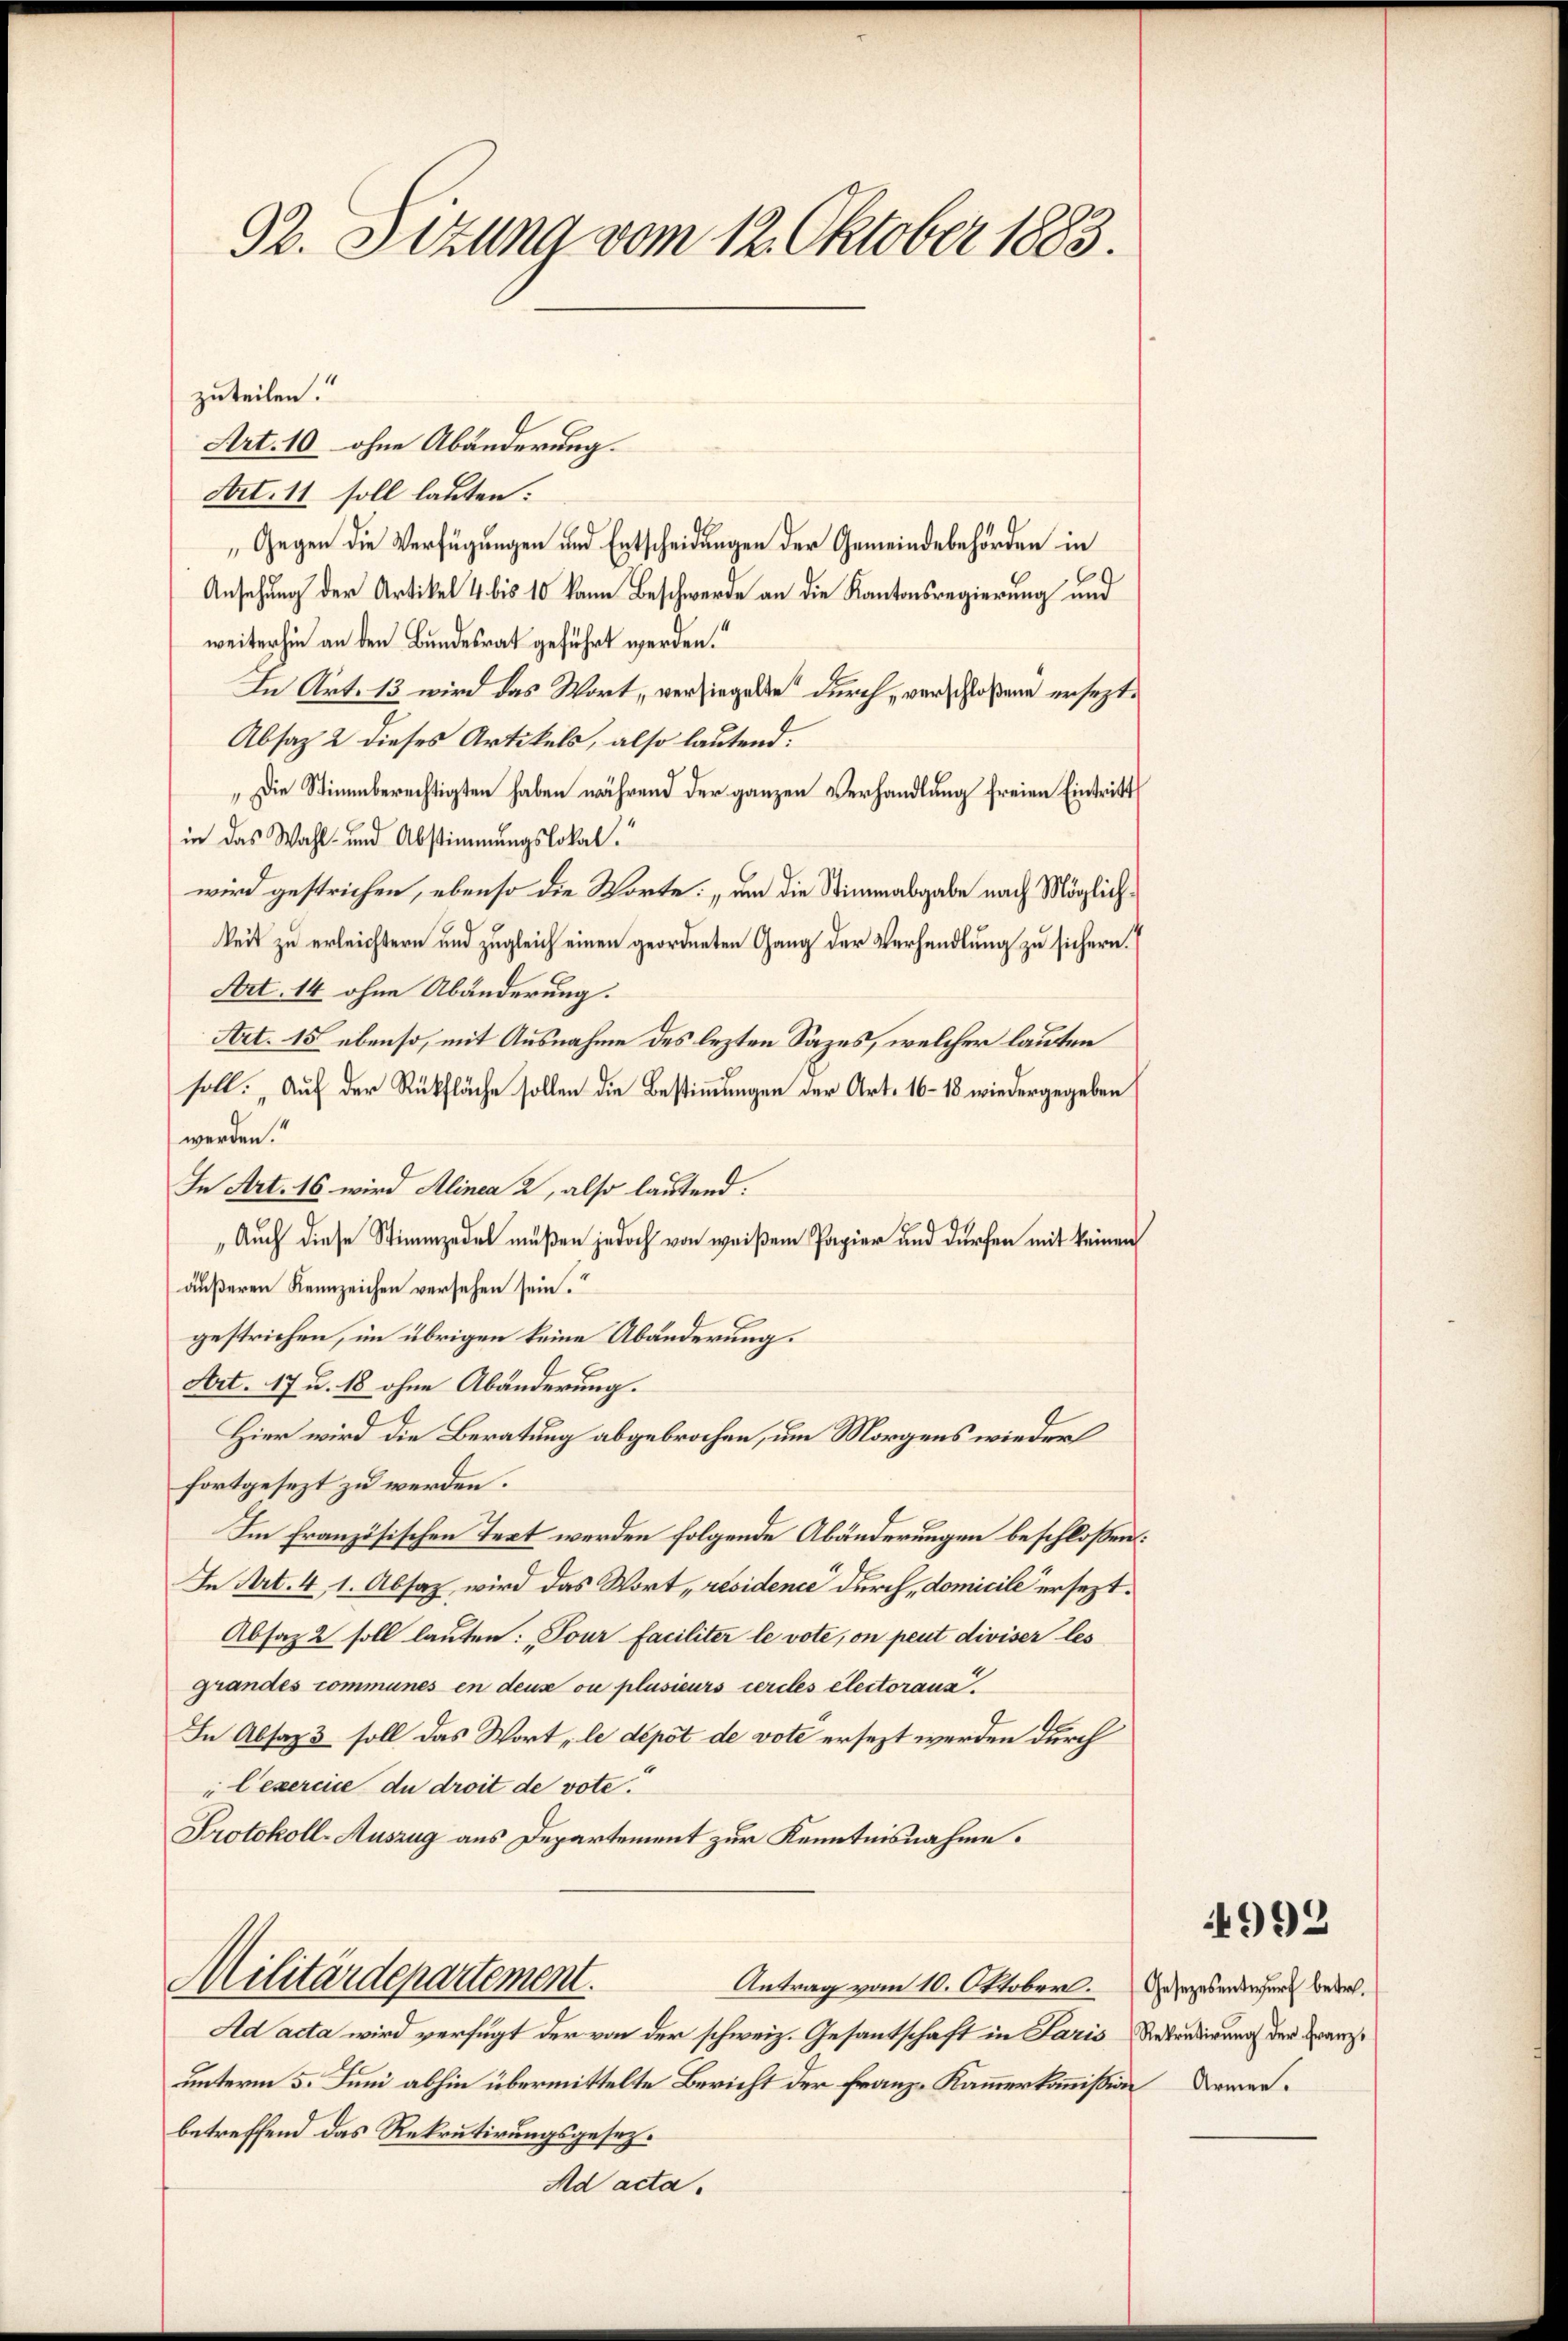
32. Sizung vom 12. Oktober 1883.

zuteilen.
Art. 10 ohne Abänderung.
Art. 11 soll lauten:
„Gegen die Verfügungen und Entscheidungen der Gemeindebehörden in
Ansehung der Artikel 4 bis 10 kann Beschwerde an die Kantonsregierung und
weiterhin an den Bundesrat geführt werden.“
In Art. 13 wird das Wort, versiegelte durch, vor Goßau ersezt.
Absatz 2 dieses Artikels, also lautend.
" Die Stimmberechtigten haben während der ganzen Verhandlung freien Eintritt
in das Wahl- und Abstimmungslokal.
wird gestrichen, ebenso die Worte: „von die Stimmabgabe nach Möglichkeit zu erleichtern und zugleich einen geordneten Gang der Verhandlung zu sichern.
Art. 14 ohne Abänderung.
Art. 15 ebenso, mit Ausnahme des lezten Sazes, welcher lauten
soll: „Auf der Rückfläche sollen die Bestimmungen der Art. 16–18 wiedergegeben
werden.
In Art. 16 wird Alinea 2, also lautend.
Auch diese Stimmzedel müßen jedoch von weißem Papier und dürfen mit keinen
äußeren Kennzeichen versehen sein.“
gestrichen, im übrigen keine Abänderung.
Art. 17 u. 18 ohne Abänderung.
Hier wird die Beratung abgebrochen, um Morgens wieder
fortgesezt zu werden.
Im französischen Text werden folgende Abänderungen beschloßen:
In Art. 4, 1. Absaz, wird das Wort, residence durch, domicile ersezt.
Absatz 2 soll lauten: „Tour faciliter le vote, on peut diviser les
grandes communes en deux ou plusieurs cercles electoraus.
In Absatz 3 soll das Wort „le dépôt de voti ersezt werden durch
"lexercice du droit de vote!
Protokoll-Auszug aus Departement zur Kenntnisnahme.
Militärdepartement.
Antrag vom 10. Oktober. Gesezesentwurf betref¬
Ad acta wird verfügt der von der schweiz. Gesantschaft in Paris Retendigung der Franzunterm 5. Juni abhin übermittelte Bericht der Franz-Kammerkommißion Demarbetreffend das Rekrutirungsgesez¬
Ad acta.

4999